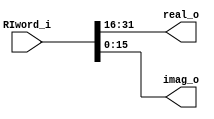
/*	
   ===================================================================
   Module Name : wordSplitter
         
   Filename    : wordSplitter.v
   Type        : Verilog Module
      
   Description :  This block divides a WIDTH_IN_WORD" length word into two "WIDTH_IN_WORD/2" length output words.
                  Input concatenates {real, imaginary} into a complex word.
                  First output is interpreted as real part, and second output as imaginary part.
   ------------------------------------------------------------------
      clocks   : -
      reset    : -
      enable   : -
      
   Parameters  :
         NAME              Comments                Default
         ---------------------------------------------------
         WIDTH_IN_WORD      input data width          32
      
   ------------------------------------------------------------------
   Version     : 1.0
   Data        : 13 Nov 2018
   Revision    : -
   Reviser     : -		
   -------------------------------------------------------------------
   Modification Log "please abs all the modifications in this area"
   (D/M/Y)  
   
   ----------------------
   // Instance template
   ----------------------
      
   wordSplitter
   #(
      .WIDTH_IN_WORD =	()
   )
   "MODULE_NAME"
   (	
      .RIword_i  (),	
      .real_o    (),
      .imag_o    ()
   );	
*/


module wordSplitter
#(
	parameter	WIDTH_IN_WORD =	'd32
)
(
	input 	[WIDTH_IN_WORD 			-1: 0]	RIword_i,	
	output	[(WIDTH_IN_WORD >>1) 	-1: 0]	real_o,
	output	[(WIDTH_IN_WORD >>1) 	-1: 0]	imag_o
);	
	
	assign real_o = RIword_i[WIDTH_IN_WORD 			-1: (WIDTH_IN_WORD >>1) ];
	assign imag_o = RIword_i[(WIDTH_IN_WORD >>1)		-1: 0 ];
	
endmodule